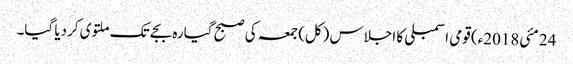
24 مئی2018ء) قومی اسمبلی کا اجلاس (کل) جمعہ کی صبح گیارہ بجے تک ملتوی کردیا گیا۔